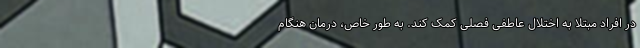
در افراد مبتلا به اختلال عاطفی فصلی کمک کند. به طور خاص، درمان هنگام